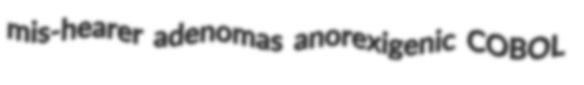
mis-hearer adenomas anorexigenic COBOL